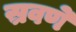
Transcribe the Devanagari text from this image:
स्रवणे